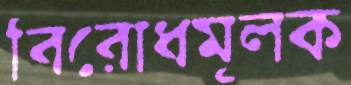
বিরোধমূলক